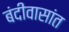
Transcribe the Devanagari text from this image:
बंदीवासांत